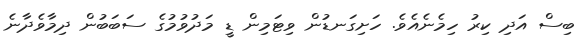
ބިސް އަދި ކިރު ހިމެނެއެވެ. ހަށިގަނޑުން ވިޓަމިން ޑީ މަދުވުމުގެ ސަބަބުން ދިމާވެދާނެ